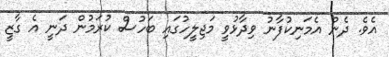
އެވެ. ދެން އެމަނިކުފާނު ވިދާޅުވީ މަޖިލީހުގައި ބަހުސް ކުރަމުން ދަނީ އެ ގާޒީ